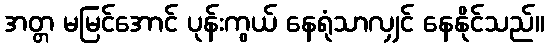
အတ္တ မမြင်အောင် ပုန်းကွယ် နေရုံသာလျှင် နေနိုင်သည်။